Scottish Leaving Certificate Examination, 1960
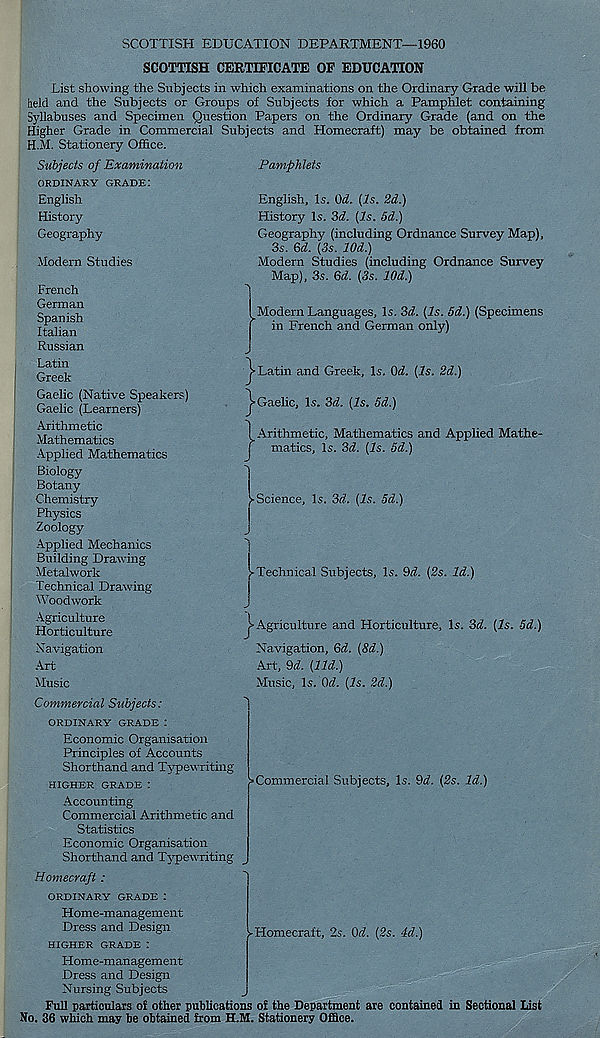
SCOTTISH EDUCATION DEPARTMENT—1960
SCOTTISH CERTIFICATE OF EDUCATION
List showing the Subjects in which examinations on the Ordinary Grade will be
held and the Subjects or Groups of Subjects for which a Pamphlet containing
Syllabuses and Specimen Question Papers on the Ordinary Grade (and on the
Higher Grade in Commercial Subjects and Homecraft) may be obtained from
H.M. Stationery Office.
Subjects of Examination
Pamphlets
ORDINARY GRADE:
English
History
Geography-
Modern Studies
French
German
Spanish
Italian
Russian
Latin
Greek
Gaelic (Native Speakers)
Gaelic (Learners)
Arithmetic
Mathematics
Applied Mathematics
Biology
Botany
Chemistry
Physics
Zoology
Applied Mechanics
Building Drawing
Metalwork
Technical Drawing
Woodwork
Agriculture
Horticulture
Navigation
Art
Music
English, Is. (M. (Is. 2d.)
History Is. 3d. (Is. 5d.)
Geography (including Ordnance Survey Map),
3s. 6d. (3s. lOd.)
Modern Studies (including Ordnance Survey
Map), 3s. Qd. (3s. lOd.)
•N
Modern Languages, Is. 3d. (Is. 5d.) (Specimens
in French and German only)
j-Latin and Greek, Is. (M. (Is. 2d.)
^•Gaelic, Is. 3d. (Is. 5d.)
} Arithmetic, Mathematics and Applied Mathe-
matics, Is. 3d. (Is. 5d.)
-N
■ -Science, Is. 3d. (Is. 5d.)
.
j-Technical Subjects, Is. 9d. (2s. Id.)
> Agriculture and Horticulture, Is. 3d. (Is. 5d.)
Navigation, Gd. (8d.)
Art, 9d. (lid.)
Music, Is. Qd. (Is. 2d.)
Commercial Subjects:
ORDINARY GRADE :
Economic Organisation
Principles of Accounts
Shorthand and Typewriting
HIGHER GRADE:
Accounting
Commercial Arithmetic and
Statistics
Economic Organisation
Shorthand and Typewriting
>Commercial Subjects, Is. 9d. (2s. Id.)
Homecraft :
ORDINARY GRADE :
Home-management
Dress and Design
HIGHER GRADE :
► Homecraft, 2s. Od. (2s. 4d.)
Home-management
Dress and Design
Nursing Subjects
Full particulars of other publications of the Department are contained in Sectional List
No. 36 which may be obtained from H.M. Stationery Office.